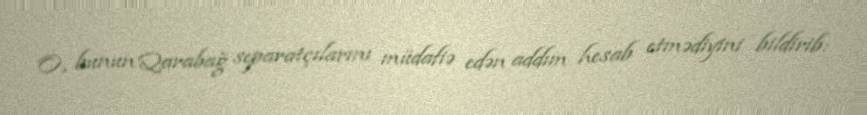
O, bunun Qarabağ separatçılarını müdafiə edən addım hesab etmədiyini bildirib: